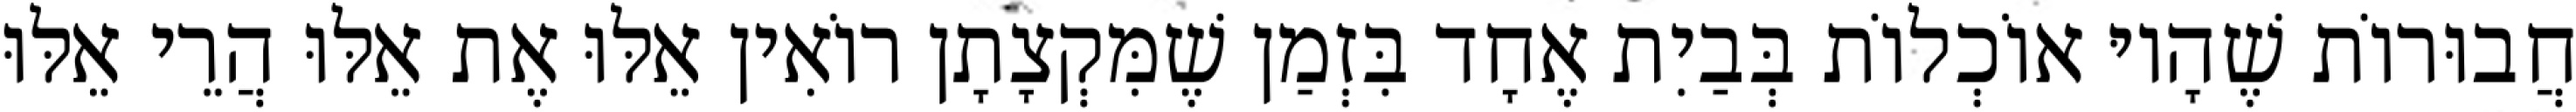
חֲבוּרוֹת שֶׁהָיוּ אוֹכְלוֹת בְּבַיִת אֶחָד בִּזְמַן שֶׁמִּקְצָתָן רוֹאִין אֵלּוּ אֶת אֵלּוּ הֲרֵי אֵלּוּ